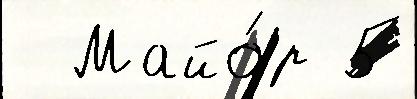
  Майо́р 5